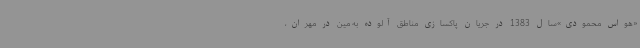
«هواس محمودی»سال 1383 در جریان پاکسازی مناطق آلوده به مین در مهران،